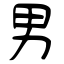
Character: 男